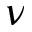
\nu